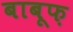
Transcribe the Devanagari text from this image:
बाबूफ़